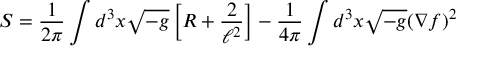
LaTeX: S = \frac { 1 } { 2 \pi } \int d ^ { 3 } x \sqrt { - g } \left[ R + \frac { 2 } { \ell ^ { 2 } } \right] - \frac { 1 } { 4 \pi } \int d ^ { 3 } x \sqrt { - g } ( \nabla f ) ^ { 2 }